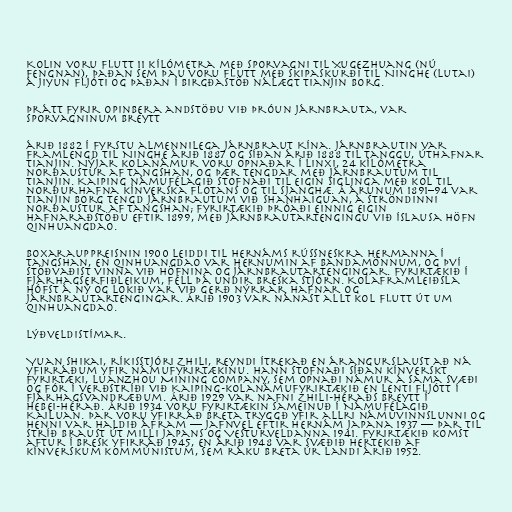
Kolin voru flutt 11 kílómetra með sporvagni til Xugezhuang (nú
Fengnan), þaðan sem þau voru flutt með skipaskurði til Ninghe (Lutai)
á Jiyun fljóti og þaðan í birgðastöð nálægt Tianjin borg.

Þrátt fyrir opinbera andstöðu við þróun járnbrauta, var
sporvagninum breytt

árið 1882 í fyrstu almennilega járnbraut Kína. Járnbrautin var
framlengd til Ninghe árið 1887 og síðan árið 1888 til Tanggu, úthafnar
Tianjin. Nýjar kolanámur voru opnaðar í Linxi, 24 kílómetra
norðaustur af Tangshan, og þær tengdar með járnbrautum til
Tianjin. Kaiping námufélagið stofnaði til eigin siglinga með kol til
norðurhafna kínverska flotans og til Sjanghæ. Á árunum 1891–94 var
Tianjin borg tengd járnbrautum við Shanhaiguan, á ströndinni
norðaustur af Tangshan; fyrirtækið þróaði einnig eigin
hafnaraðstöðu eftir 1899, með járnbrautartengingu við íslausa höfn
Qinhuangdao.

Boxarauppreisnin 1900 leiddi til hernáms rússneskra hermanna í
Tangshan, en Qinhuangdao var hernumin af bandamönnum, og því
stöðvaðist vinna við höfnina og járnbrautartengingar. Fyrirtækið í
fjárhagserfiðleikum, féll þá undir breska stjórn. Kolaframleiðsla
hófst á ný og lokið var við gerð nýrrar hafnar og
járnbrautartengingar. Árið 1903 var nánast allt kol flutt út um
Qinhuangdao.

Lýðveldistímar.

Yuan Shikai, ríkisstjóri Zhili, reyndi ítrekað en árangurslaust að ná
yfirráðum yfir námufyrirtækinu. Hann stofnaði síðan kínverskt
fyrirtæki, Luanzhou Mining Company, sem opnaði námur á sama svæði
og fór í verðstríði við Kaiping-kolanámufyrirtækið en lenti fljótt í
fjárhagsvandræðum. Árið 1929 var nafni Zhili-héraðs breytt í
Hebei-hérað. Árið 1934 voru fyrirtækin sameinuð í Námufélagið
Kailuan. Þar voru yfirráð Breta tryggð yfir allri námuvinnslunni og
henni var haldið áfram — jafnvel eftir hernám Japana 1937 — þar til
stríð braust út milli Japans og Vesturveldanna 1941. Fyrirtækið komst
aftur í bresk yfirráð 1945, en árið 1948 var svæðið hertekið af
kínverskum kommúnistum, sem ráku Breta úr landi árið 1952.